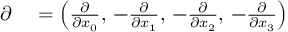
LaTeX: \begin{array} { r l } { { \boldsymbol { \partial } } } & { { } = \left( { \frac { \partial } { \partial x _ { 0 } } } , \, - { \frac { \partial } { \partial x _ { 1 } } } , \, - { \frac { \partial } { \partial x _ { 2 } } } , \, - { \frac { \partial } { \partial x _ { 3 } } } \right) } \end{array}